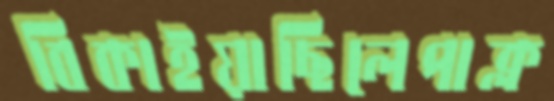
বিকাইয়াছিলেপাক্‌ল